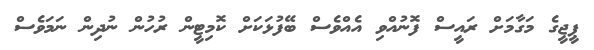
ޕީޖީގެ މަގާމަށް ރައީސް ފޮނުއްވި އެއްވެސް ބޭފުޅަކަށް ކޮމިޓީން ރުހުން ނުދިން ނަމަވެސް